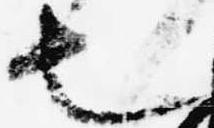
也